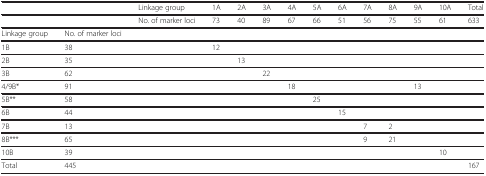
<table><thead><tr><td><b> </b></td><td><b> </b></td><td><b>Linkage group</b></td><td><b>1A</b></td><td><b>2A</b></td><td><b>3A</b></td><td><b>4A</b></td><td><b>5A</b></td><td><b>6A</b></td><td><b>7A</b></td><td><b>8A</b></td><td><b>9A</b></td><td><b>10A</b></td><td><b>Total</b></td></tr></thead><tbody><tr><td> </td><td> </td><td>No. of marker loci</td><td>73</td><td>40</td><td>89</td><td>67</td><td>66</td><td>51</td><td>56</td><td>75</td><td>55</td><td>61</td><td>633</td></tr><tr><td>Linkage group</td><td>No. of marker loci</td><td> </td><td> </td><td> </td><td> </td><td> </td><td> </td><td> </td><td> </td><td> </td><td> </td><td> </td><td> </td></tr><tr><td>1B</td><td>38</td><td> </td><td>12</td><td> </td><td> </td><td> </td><td> </td><td> </td><td> </td><td> </td><td> </td><td> </td><td> </td></tr><tr><td>2B</td><td>35</td><td> </td><td> </td><td>13</td><td> </td><td> </td><td> </td><td> </td><td> </td><td> </td><td> </td><td> </td><td> </td></tr><tr><td>3B</td><td>62</td><td> </td><td> </td><td> </td><td>22</td><td> </td><td> </td><td> </td><td> </td><td> </td><td> </td><td> </td><td> </td></tr><tr><td>4/9B*</td><td>91</td><td> </td><td> </td><td> </td><td> </td><td>18</td><td> </td><td> </td><td> </td><td> </td><td>13</td><td> </td><td> </td></tr><tr><td>5B**</td><td>58</td><td> </td><td> </td><td> </td><td> </td><td> </td><td>25</td><td> </td><td> </td><td> </td><td> </td><td> </td><td> </td></tr><tr><td>6B</td><td>44</td><td> </td><td> </td><td> </td><td> </td><td> </td><td> </td><td>15</td><td> </td><td> </td><td> </td><td> </td><td> </td></tr><tr><td>7B</td><td>13</td><td> </td><td> </td><td> </td><td> </td><td> </td><td> </td><td> </td><td>7</td><td>2</td><td> </td><td> </td><td> </td></tr><tr><td>8B***</td><td>65</td><td> </td><td> </td><td> </td><td> </td><td> </td><td> </td><td> </td><td>9</td><td>21</td><td> </td><td> </td><td> </td></tr><tr><td>10B</td><td>39</td><td> </td><td> </td><td> </td><td> </td><td> </td><td> </td><td> </td><td> </td><td> </td><td> </td><td>10</td><td> </td></tr><tr><td>Total</td><td>445</td><td> </td><td> </td><td> </td><td> </td><td> </td><td> </td><td> </td><td> </td><td> </td><td> </td><td> </td><td>167</td></tr></tbody></table>